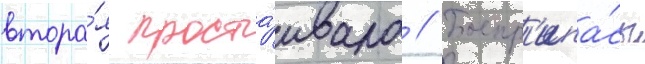
втора́я проста́ивала // Боепр'ипа́сы